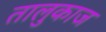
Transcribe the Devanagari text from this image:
तालुकाज